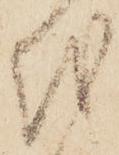
越